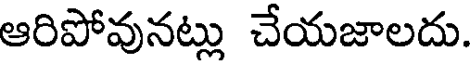
ఆరిపోవునట్లు చేయజాలదు.